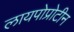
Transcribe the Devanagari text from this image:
लायपोप्रोटीन